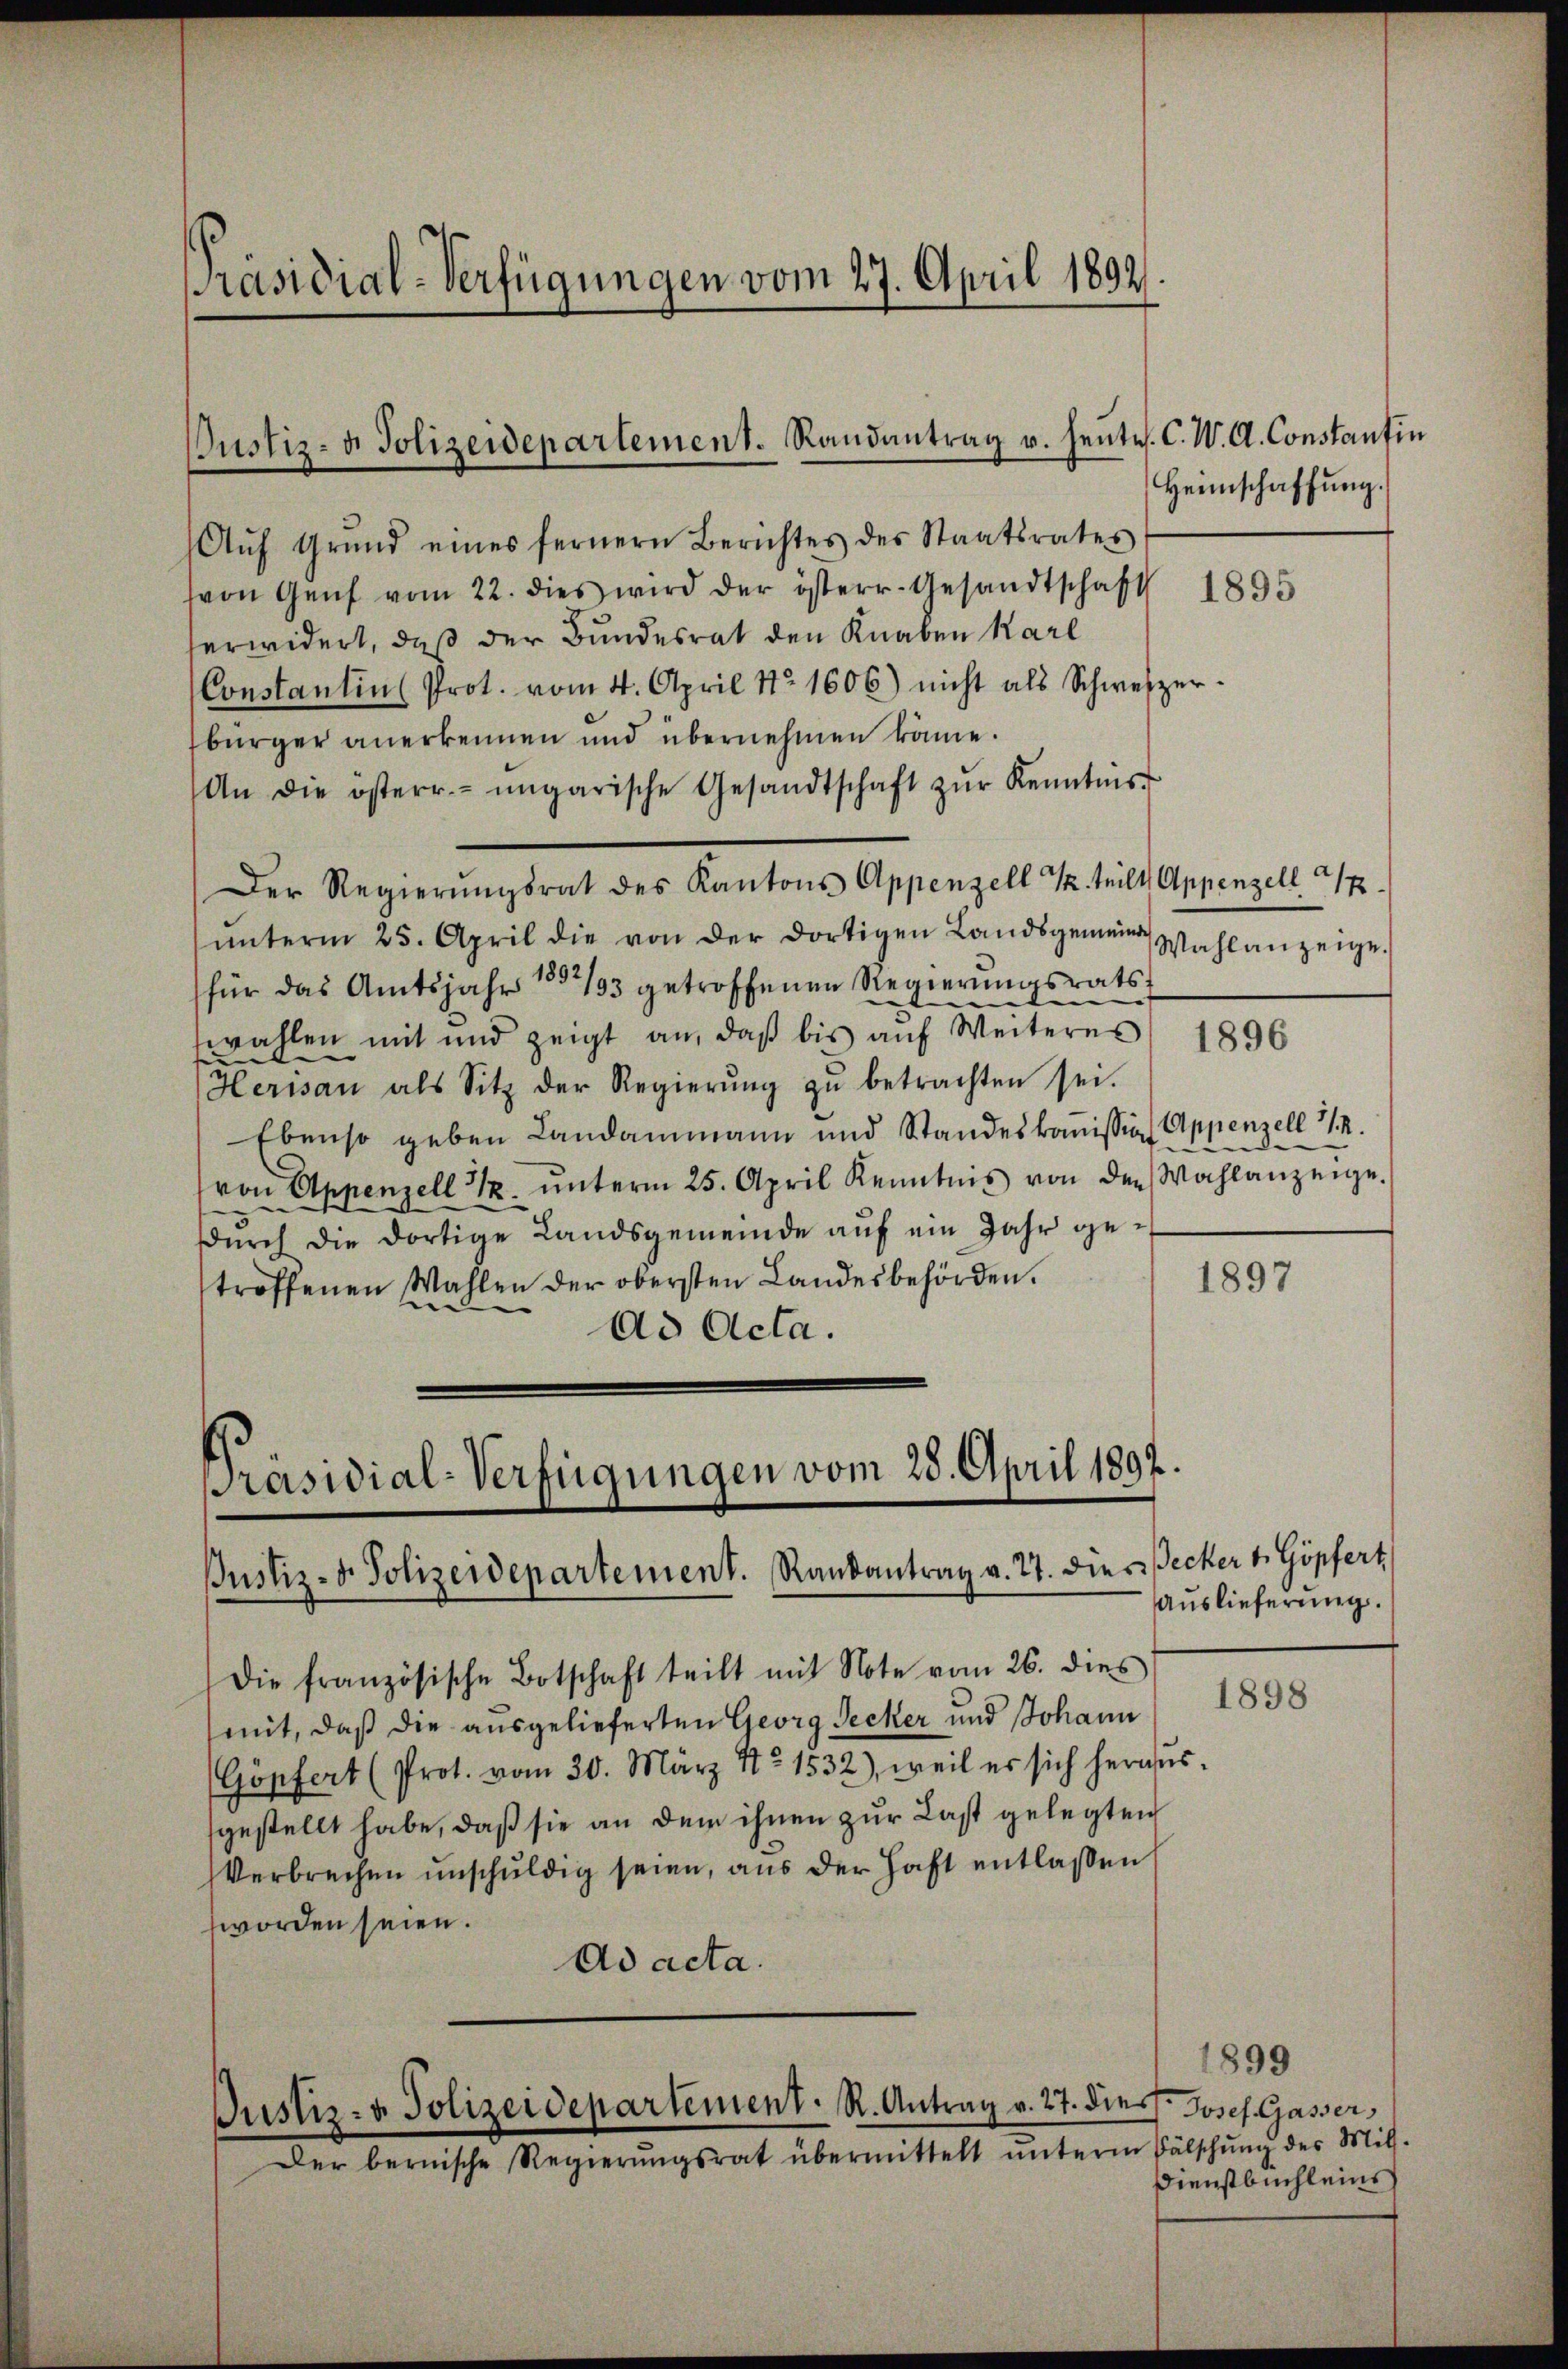
Präsidial-Verfügungen vom 27. April 1892.

Justiz- u. Polizeidepartement. Randantrag u. heu

Aŭf Grund eines fernern Berichtes des Staatsrates
von Genf vom 22. dies wird der österr. Gesandtschaft
erwidert, daß der Bundesrat den Knaben Karl
Constantin Prot. vom 4. April No 1606) nicht als Schweizer-
bürger anerkennen und übernehmen könne.
An die österr.-ungarische Gesandtschaft zŭr Kenntnis
Der Regierŭngsrat des Kantons Appenzell T. teilt Appenzell 32.
ŭnterm 25. April die von der dortigen Landsgemeinde
(für das Amtsjahr 1832/93 getroffenen Regierŭngsrats
e
e
wahlen mit und zeigt an, daβ bis aŭf Weiteres
Herisau als Sitz der Regierŭng zŭ betrachten sei.
Ebenso geben Landammann und Standeskomission Appenzell 1/2.
von Appenzell 11/2. ŭnterm 25. April Kenntnis von der Wahlanzeige.
sdurch die dortige Landsgemeinde auf ein Jahr getroffenen Wahlen der obersten Landesbehörden.
1897
ad Acta.

Präsidial-Verfügungen vom 28. April 1897.
Justiz- & Polizeidepartement. Randantrag v. 27. dies Becker v. Göpfert

Die französische Botschaft teilt mit Note vom 26. dies
mit, daß die ausgelieferten Georg Secker und Johann
Göpfert (Prot. vom 30. März No 1532), weil es sich heraus-
gestellt habe, daß sie an dem ihnen zur Last gelegten
Verbrechen unschuldig seien, aus der Haft entlaßen
worden seien.
Ad acta.

Justiz- & Polizeidepartement. R. Antrag v. 27. dies Josef Gasser,

Der bernische Regierŭngsrat übermittelt ŭnterm Fälschŭng des Mit-

tes. C. W. A. Constantin
Heimschaffung.

1895

Wahlanzeige.

1896

Auslieferung.

1898

1899
Dienstbuchleins